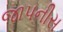
જાપનીસ